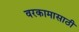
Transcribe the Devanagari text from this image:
वरकामासाठी